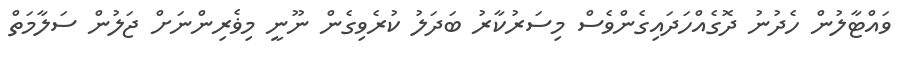
ވައްޓާލުން ހެދުނު ދޮގެއްހަދައިގެންވެސް މިސަރުކާރު ބަދަލު ކުރެވިގެން ނޫނީ މިޥެރިންނަށް ޖަލުން ސަލާމަތް